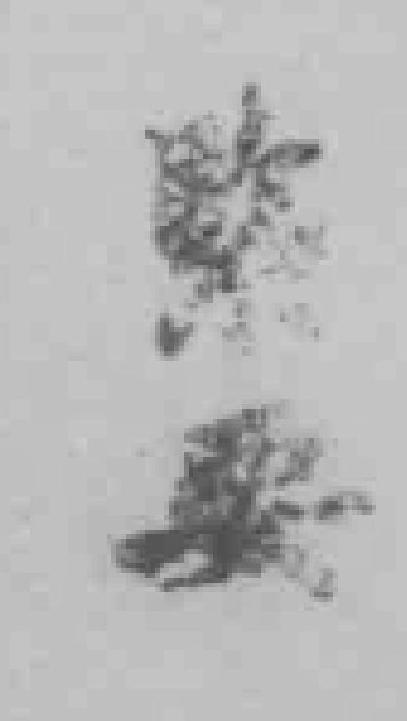
*要